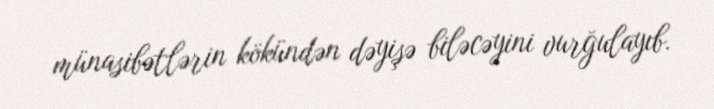
münasibətlərin kökündən dəyişə biləcəyini vurğulayıb.